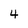
Character: 4